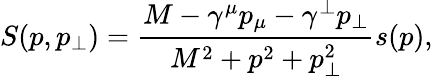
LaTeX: S(p,p_{\perp})=\frac{M-\gamma^{\mu}p_{\mu}-\gamma^{\perp}p_{\perp}}{M^{2}+p^{2}+p_{\perp}^{2}}s(p),